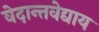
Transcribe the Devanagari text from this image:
वेदान्तवेद्याय